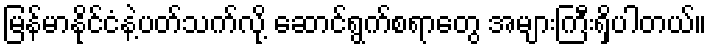
မြန်မာနိုင်ငံနဲ့ပတ်သက်လို့ ဆောင်ရွက်စရာတွေ အများကြီးရှိပါတယ်။